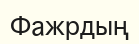
Фажрдың